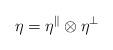
LaTeX: \begin{align*} \eta=\eta^\parallel\otimes \eta^\perp\end{align*}